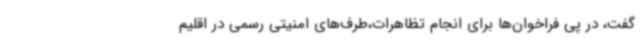
گفت، در پی فراخوان‌ها برای انجام تظاهرات،طرف‌های امنیتی رسمی در اقلیم